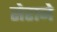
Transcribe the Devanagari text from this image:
सेराने